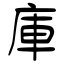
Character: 庫